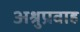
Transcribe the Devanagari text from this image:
अश्रुप्रवाह